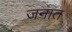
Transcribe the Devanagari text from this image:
जनात